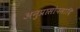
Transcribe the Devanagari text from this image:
अनुप्रासोपमादि